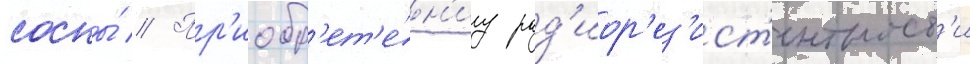
сосны́ // Пр'иобр'ет'е́н'иу рад'иор'ез'ист'ентност'и